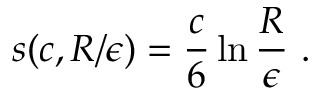
s ( c , R / \epsilon ) = { \frac { c } { 6 } } \ln { \frac { R } { \epsilon } } ~ .